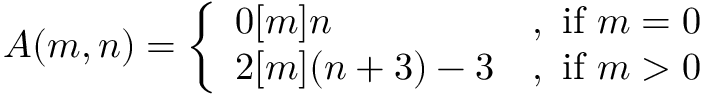
A ( m , n ) = { \left\{ \begin{array} { l l } { 0 [ m ] n } & { { \mathrm { , ~ i f ~ } } m = 0 } \\ { 2 [ m ] ( n + 3 ) - 3 } & { { \mathrm { , ~ i f ~ } } m > 0 } \end{array} \right. }